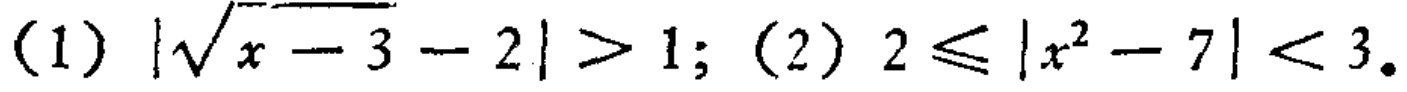
(1) \(|\sqrt{x - 3}-2|>1\); (2) \(2\leqslant|x^{2}-7|<3\)